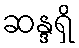
ဆန္ဒရှိ